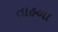
તાહળા